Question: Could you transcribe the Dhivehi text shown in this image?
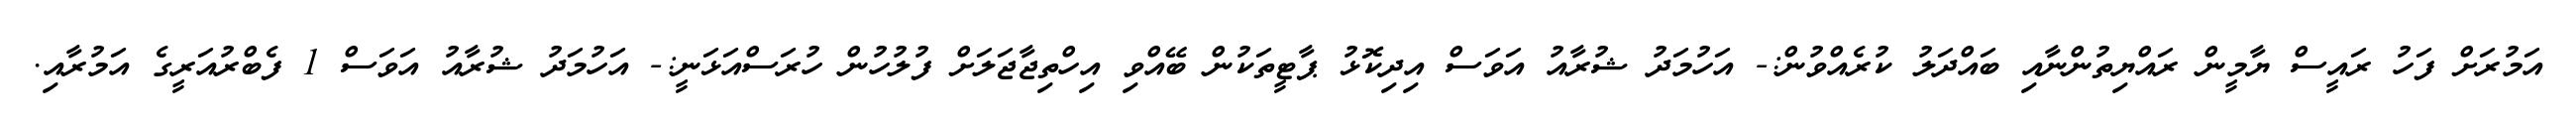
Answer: އަމުރަށް ފަހު ރައީސް ޔާމީން ރައްޔިތުންނާއި ބައްދަލު ކުރެއްވުން:- އަހުމަދު ޝުރާއު އަވަސް އިދިކޮޅު ޕާޓީތަކުން ބޭއްވި އިހްތިޖާޖަލަށް ފުލުހުން ހުރަސްއަޅަނީ:- އަހުމަދު ޝުރާއު އަވަސް 1 ފެބްރުއަރީގެ އަމުރާއި.